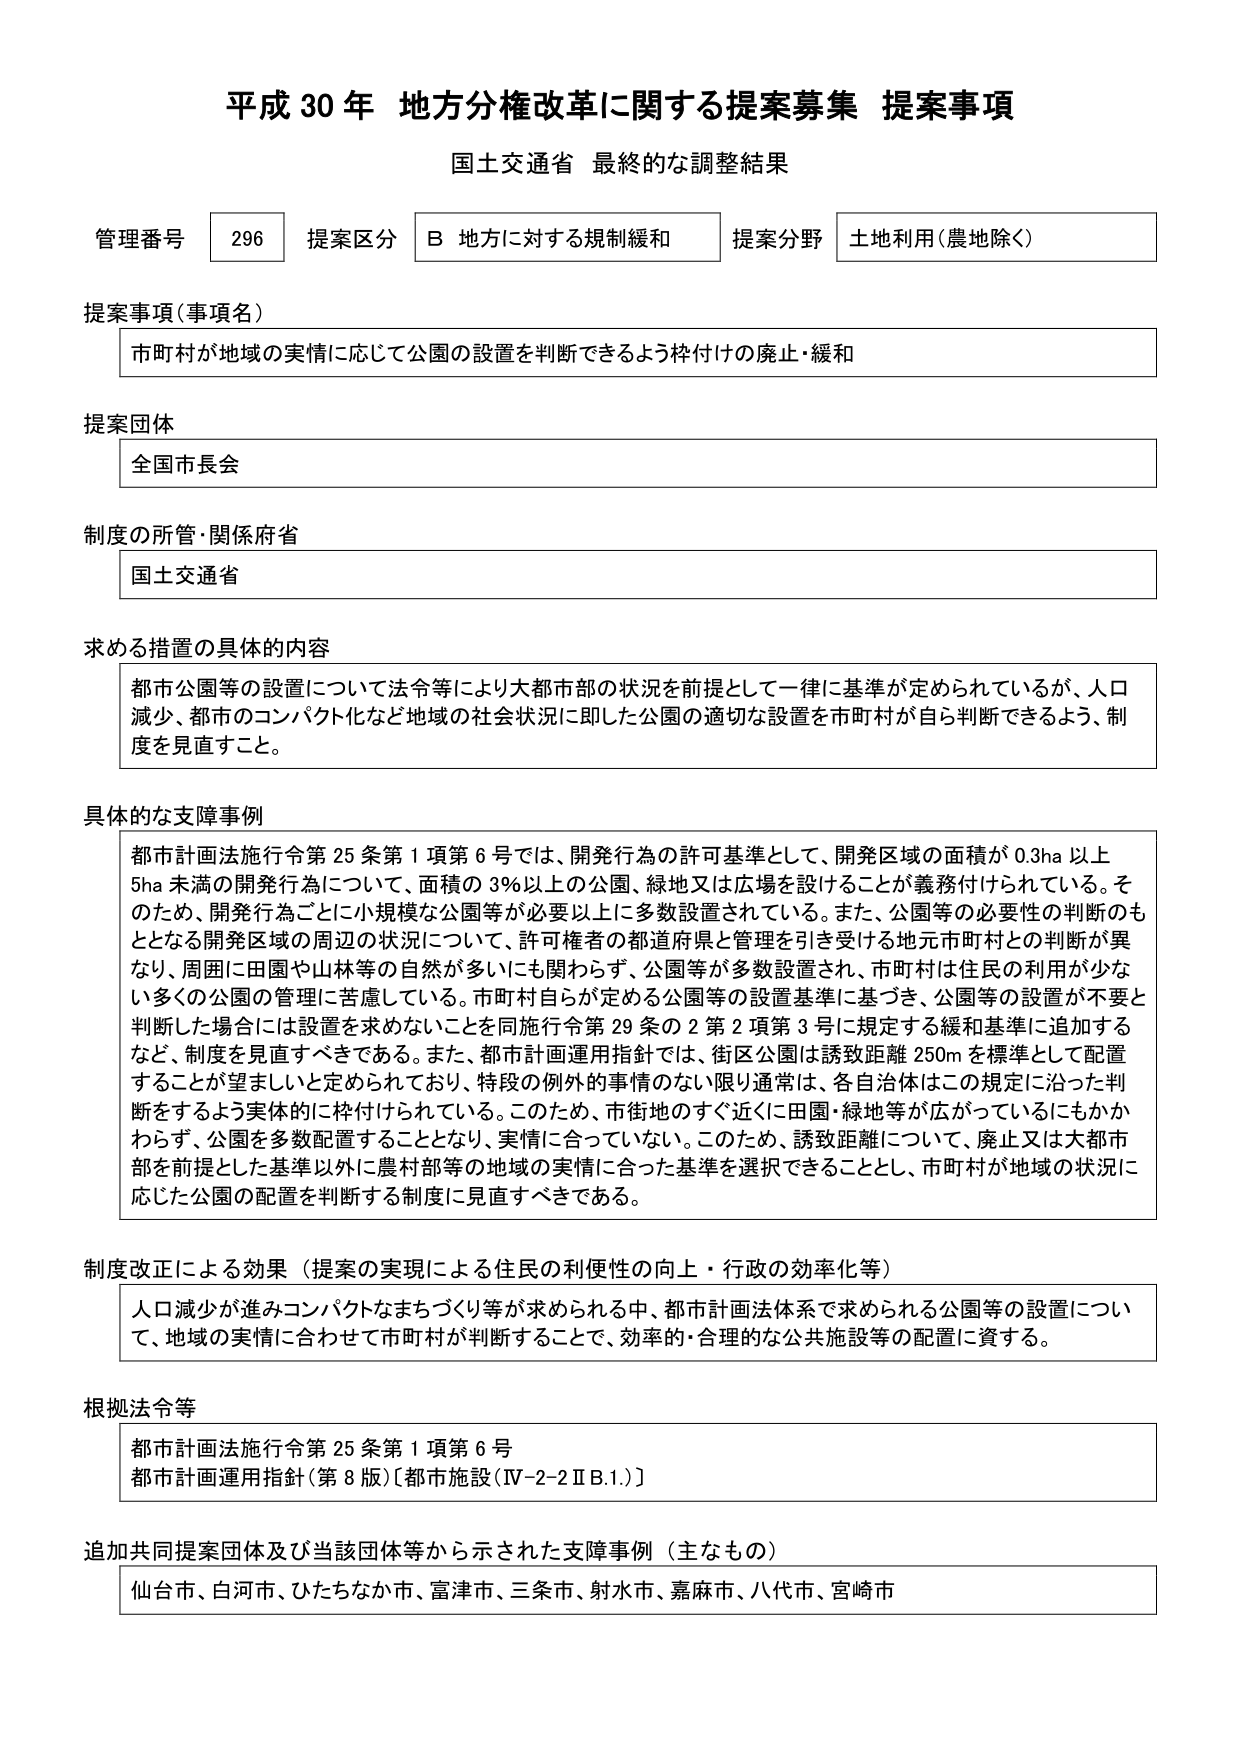
平成30年 地方分権改革に関する提案募集 提案事項
国土交通省 最終的な調整結果

管理番号 296 提案区分 B 地方に対する規制緩和 提案分野 土地利用（農地除く）

提案事項（事項名）
市町村が地域の実情に応じて公園の設置を判断できるよう枠付けの廃止・緩和

提案団体
全国市長会

制度の所管・関係府省
国土交通省

求める措置の具体的内容
都市公園等の設置について法令等により大都市部の状況を前提として一律に基準が定められているが、人口減少、都市のコンパクト化など地域の社会状況に即した公園の適切な設置を市町村が自ら判断できるよう、制度を見直すこと。

具体的な支障事例
都市計画法施行令第25条第1項第6号では、開発行為の許可基準として、開発区域の面積が0.3ha以上5ha未満の開発行為について、面積の3％以上の公園、緑地又は広場を設けることが義務付けられている。そのため、開発行為ごとに小規模な公園等が必要以上に多数設置されている。また、公園等の必要性の判断のもととなる開発区域の周辺の状況について、許可権者の都道府県と管理を引き受ける地元市町村との判断が異なり、周囲に田園や山林等の自然が多いにも関わらず、公園等が多数設置され、市町村は住民の利用が少ない多くの公園の管理に苦慮している。市町村自らが定める公園等の設置基準に基づき、公園等の設置が不要と判断した場合には設置を求めないことを同施行令第29条の2第2項第3号に規定する緩和基準に追加するなど、制度を見直すべきである。また、都市計画運用指針では、街区公園は誘致距離250mを標準として配置することが望ましいと定められており、特段の例外的事情のない限り通常は、各自治体はこの規定に沿った判断をするよう実体的に枠付けられている。このため、市街地のすぐ近くに田園・緑地等が広がっているにもかかわらず、公園を多数配置することとなり、実情に合っていない。このため、誘致距離について、廃止又は大都市部を前提とした基準以外に農村部等の地域の実情に合った基準を選択できることとし、市町村が地域の状況に応じた公園の配置を判断する制度に見直すべきである。

制度改正による効果（提案の実現による住民の利便性の向上・行政の効率化等）
人口減少が進みコンパクトなまちづくり等が求められる中、都市計画法体系で求められる公園等の設置について、地域の実情に合わせて市町村が判断することで、効率的・合理的な公共施設等の配置に資する。

根拠法令等
都市計画法施行令第25条第1項第6号
都市計画運用指針（第8版）〔都市施設（Ⅳ-2-2ⅡB.1.）〕

追加共同提案団体及び当該団体等から示された支障事例（主なもの）
仙台市、白河市、ひたちなか市、富津市、三条市、射水市、嘉麻市、八代市、宮崎市